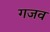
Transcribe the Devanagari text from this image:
गजव